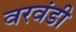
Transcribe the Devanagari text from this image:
वरवंडी